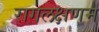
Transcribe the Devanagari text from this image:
रागलक्षणम